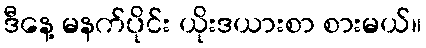
ဒီနေ့ မနက်ပိုင်း ယိုးဒယားစာ စားမယ်။